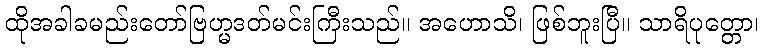
ထိုအခါခမည်းတော်ဗြဟ္မဒတ်မင်းကြီးသည်။ အဟောသိ၊ ဖြစ်ဘူးပြီ။ သာရိပုတ္တော၊